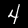
Label: 4